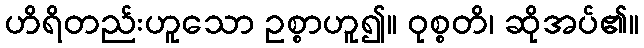
ဟိရိတည်းဟူသော ဥစ္စာဟူ၍။ ဝုစ္စတိ၊ ဆိုအပ်၏။